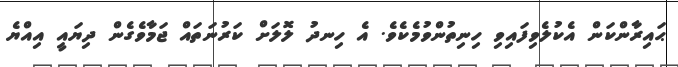
ޙައިރާންކަން އެކުލެވިފައިވި ހިނިތުންވުމެކެވެ. އެ ހިނދު ލޮލަށް ކަރުނަތައް ޖަމާވެގެން ދިޔައީ އިއްޔެ